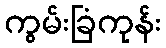
ကွမ်းခြံကုန်း